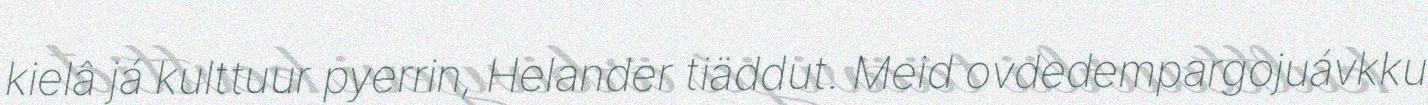
kielâ já kulttuur pyerrin, Helander tiäddut. Meid ovdedempargojuávkku